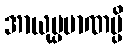
အာယုပ္ပမာဏမ္ပိ